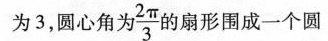
为3，圆心角为 \frac{2 \pi}{3} 的扇形围成一个圆